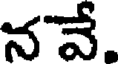
నవే.